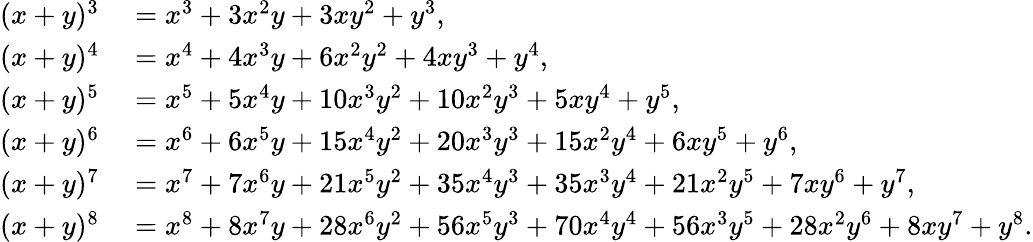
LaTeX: \begin{array}{rl}{(x+y)^{3}}&{{}=x^{3}+3x^{2}y+3xy^{2}+y^{3},}\\ {(x+y)^{4}}&{{}=x^{4}+4x^{3}y+6x^{2}y^{2}+4xy^{3}+y^{4},}\\ {(x+y)^{5}}&{{}=x^{5}+5x^{4}y+10x^{3}y^{2}+10x^{2}y^{3}+5xy^{4}+y^{5},}\\ {(x+y)^{6}}&{{}=x^{6}+6x^{5}y+15x^{4}y^{2}+20x^{3}y^{3}+15x^{2}y^{4}+6xy^{5}+y^{6},}\\ {(x+y)^{7}}&{{}=x^{7}+7x^{6}y+21x^{5}y^{2}+35x^{4}y^{3}+35x^{3}y^{4}+21x^{2}y^{5}+7xy^{6}+y^{7},}\\ {(x+y)^{8}}&{{}=x^{8}+8x^{7}y+28x^{6}y^{2}+56x^{5}y^{3}+70x^{4}y^{4}+56x^{3}y^{5}+28x^{2}y^{6}+8xy^{7}+y^{8}.}\end{array}